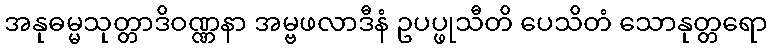
အနုဓမ္မသုတ္တာဒိဝဏ္ဏနာ အမ္ဗဖလာဒီနံ ဥပပ္ဖုသီတိ ပေသိတံ သောနုတ္တရော